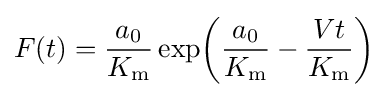
F(t)={\frac {a_{0}}{K_{\mathrm {m} }}}\exp \!\left({\frac {a_{0}}{K_{\mathrm {m} }}}-{\frac {Vt}{K_{\mathrm {m} }}}\right)